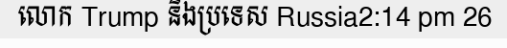
លោក Trump និងប្រទេស Russia2:14 pm 26